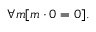
\forall m [ m \cdot 0 = 0 ] .